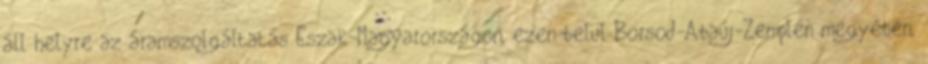
áll helyre az áramszolgáltatás Észak-Magyarországon, ezen belül Borsod-Abaúj-Zemplén megyében,